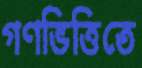
গণভিত্তিতে